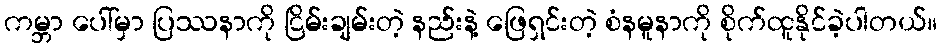
ကမ္ဘာ ပေါ်မှာ ပြဿနာကို ငြိမ်းချမ်းတဲ့ နည်းနဲ့ ဖြေရှင်းတဲ့ စံနမူနာကို စိုက်ထူနိုင်ခဲ့ပါတယ်။